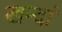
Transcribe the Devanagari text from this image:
खन्दां